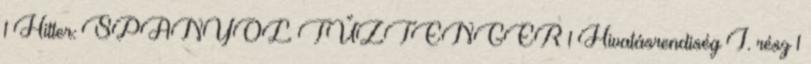
1 Hitter: SPANYOL TŰZTENGER 1 Hivatásrendiség I. rész 1